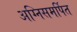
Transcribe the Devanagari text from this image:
अग्निसमर्पित